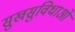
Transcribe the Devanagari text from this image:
सुखसुविधाओं